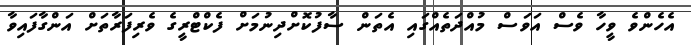
އެހެންވެ ވީހާ ވެސް އަވަސް މުއްދަތެއްގައި އެތަން ސާފުކޮށްދިނުމަށް ފެކްޓްރީގެ ވެރިފަރާތަށް އަންގާފައިވާ